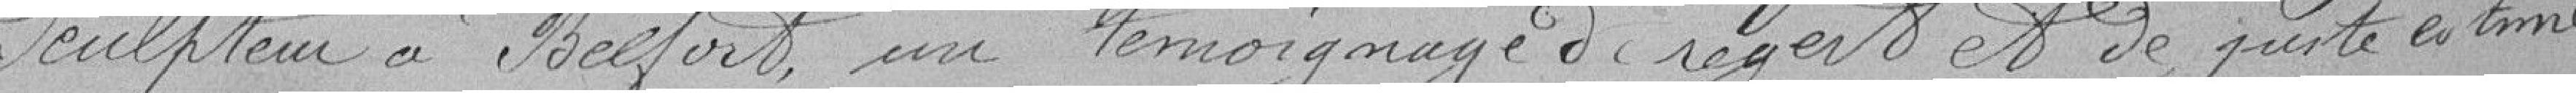
sculpteur à Belfort, un témoignage de regret et de juste estime